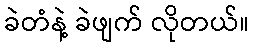
ခဲတံနဲ့ ခဲဖျက် လိုတယ်။